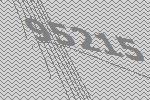
95215